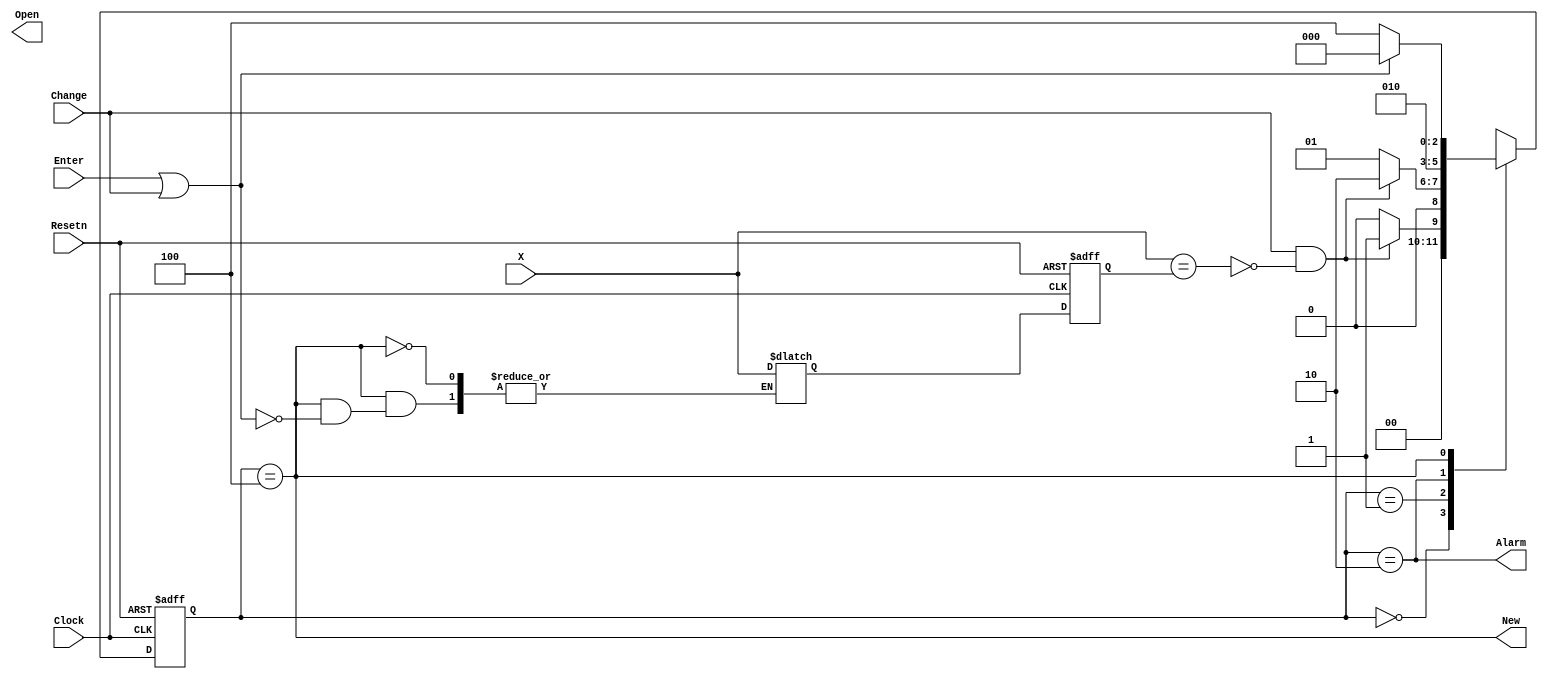
module testChange(X, Clock, Resetn, Enter, Change, Alarm, New, Open);
input Clock, Resetn, Enter, Change;
input [3:0] X;
output Alarm, New, Open;
wire w;

reg [2:0] y, Y;
reg [3:0] currentCombo = 4'b0110;
reg [3:0] newCombo =  4'b0110;

assign w = (X == currentCombo);

parameter initial_stage = 3'b000, attempt1 = 3'b001, attempt2 = 3'b010, match = 3'b011, change_combo = 3'b100;

// Define the next state combinational circuit
always @(Enter, Change, y, w)
begin
	case (y)
		initial_stage: if (Change == 1 & w == 0) Y = attempt1;
							//else if (Change == 1 & w == 1) Y = change_combo;
							else Y = initial_stage;
		attempt1: if (Change == 1 & w == 0) Y = attempt2;
					//else if (Change == 1 & w == 1) Y = change_combo;
					else Y = attempt1;
		attempt2: Y = attempt2;
		//match: if (Enter == 1) Y = initial_stage;
			//	 else Y = match;
		change_combo: if (Enter == 1 | Change == 1)
						  begin
									newCombo = X;
									Y = initial_stage;
									
									
						  end
						  else Y = change_combo;
		default: Y = 3'bxxx;	
	endcase
end
// Define the sequential block
always @(posedge Clock, negedge Resetn)
begin
	if (Resetn == 0)
	begin
		currentCombo <= 4'b0110;
		y <= initial_stage;
	end
	else
	begin
		y <= Y;
		currentCombo <= newCombo;
	end
// Define output
end
	assign Alarm = (y == attempt2);
	assign New = (y == change_combo);
	//assign Open = (y == match);

endmodule